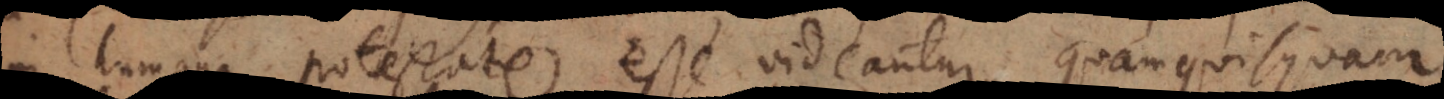
in humana potestate esse videantur, quam quisquam